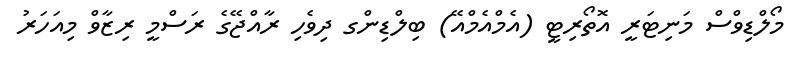
މޯލްޑިވްސް މަނިޓަރީ އޮތޯރިޓީ (އެމްއެމްއޭ) ބިލްޑިންގ ދިވެހި ރާއްޖޭގެ ރަސްމީ ރިޒާވް މިއަހަރު